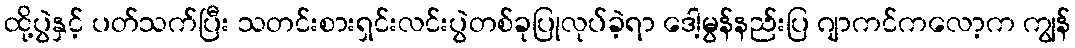
ထို့ပွဲနှင့် ပတ်သက်ပြီး သတင်းစားရှင်းလင်းပွဲတစ်ခုပြုလုပ်ခဲ့ရာ ဒေါ့မွန်နည်းပြ ဂျာကင်ကလော့က ကျွန်